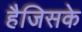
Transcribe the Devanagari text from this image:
हैजिसके